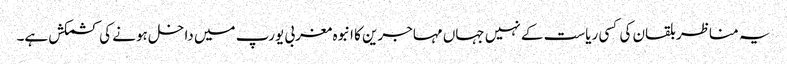
یہ مناظر بلقان کی کسی ریاست کے نہیں جہاں مہاجرین کا انبوہ مغربی یورپ میں داخل ہونے کی کشمکش ہے۔